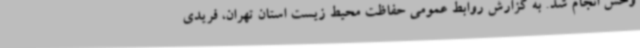
وحش انجام شد. به گزارش روابط عمومی حفاظت محیط زیست استان تهران، فریدی